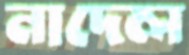
নাদেল